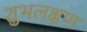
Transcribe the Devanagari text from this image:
शुभलक्षण